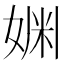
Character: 𫰿